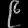
Digit: ၉